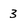
Character: 3